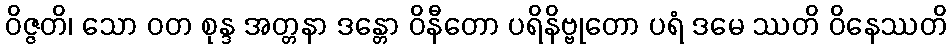
ဝိဇ္ဇတိ၊ သော ဝတ စုန္ဒ အတ္တနာ ဒန္တော ဝိနီတော ပရိနိဗ္ဗုတော ပရံ ဒမေ ဿတိ ဝိနေဿတိ